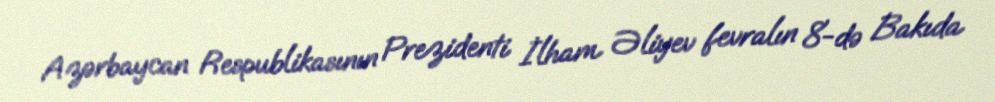
Azərbaycan Respublikasının Prezidenti İlham Əliyev fevralın 8-də Bakıda